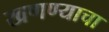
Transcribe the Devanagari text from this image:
खणण्याचा